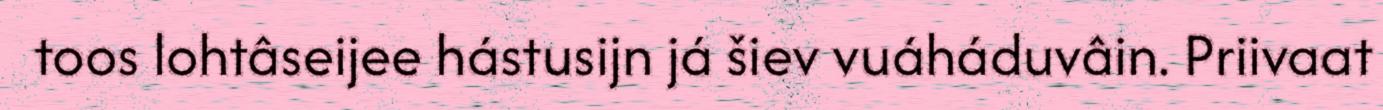
toos lohtâseijee hástusijn já šiev vuáháduvâin. Priivaat